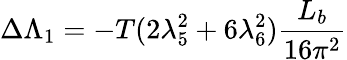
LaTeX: \Delta\Lambda_{1}=-T(2\lambda_{5}^{2}+6\lambda_{6}^{2}){\frac{L_{b}}{16\pi^{2}}}